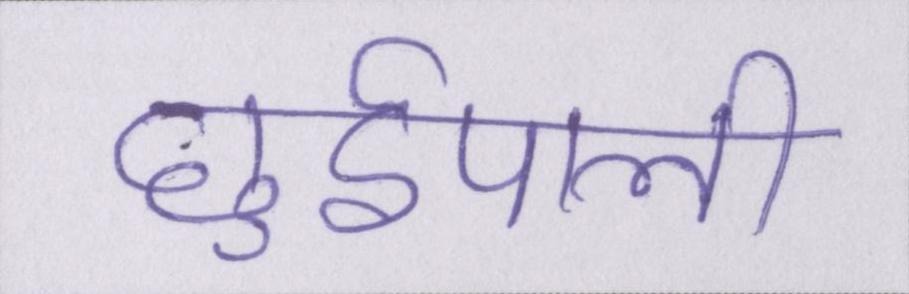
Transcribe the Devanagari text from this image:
छुईपाली